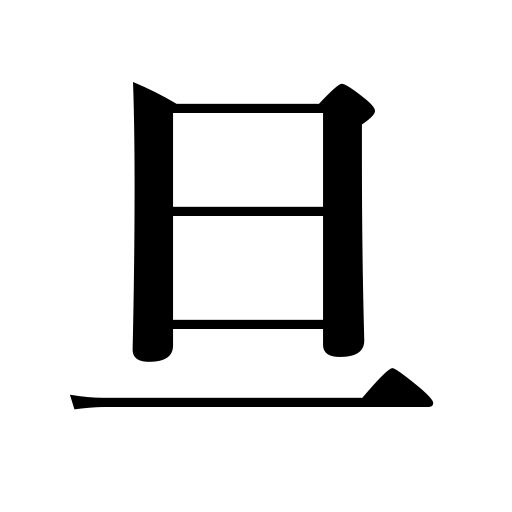
Meanings: dawn,early moring